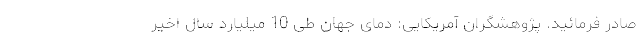
صادر فرمائید. پژوهشگران آمریکایی: دمای جهان طی 10 میلیارد سال اخیر